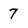
Character: 7